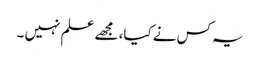
یہ کس نے کیا، مجھے علم نہیں ۔